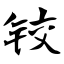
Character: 铰